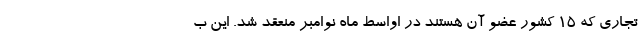
تجاری که 15 کشور عضو آن هستند در اواسط ماه نوامبر منعقد شد. این ب